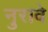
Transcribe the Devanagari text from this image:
नुरावे